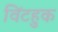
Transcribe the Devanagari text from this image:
विंटहुक